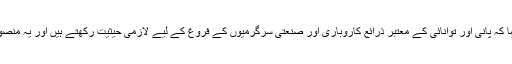
بیان میں سفیر ڈیوڈ ہیل نے کہا کہ پانی اور توانائی کے معتبر ذرائع کاروباری اور صنعتی سرگرمیوں کے فروغ کے لیے لازمی حیثیت رکھتے ہیں اور یہ منصوبہ اس جانب ایک اہم قدم ہے۔